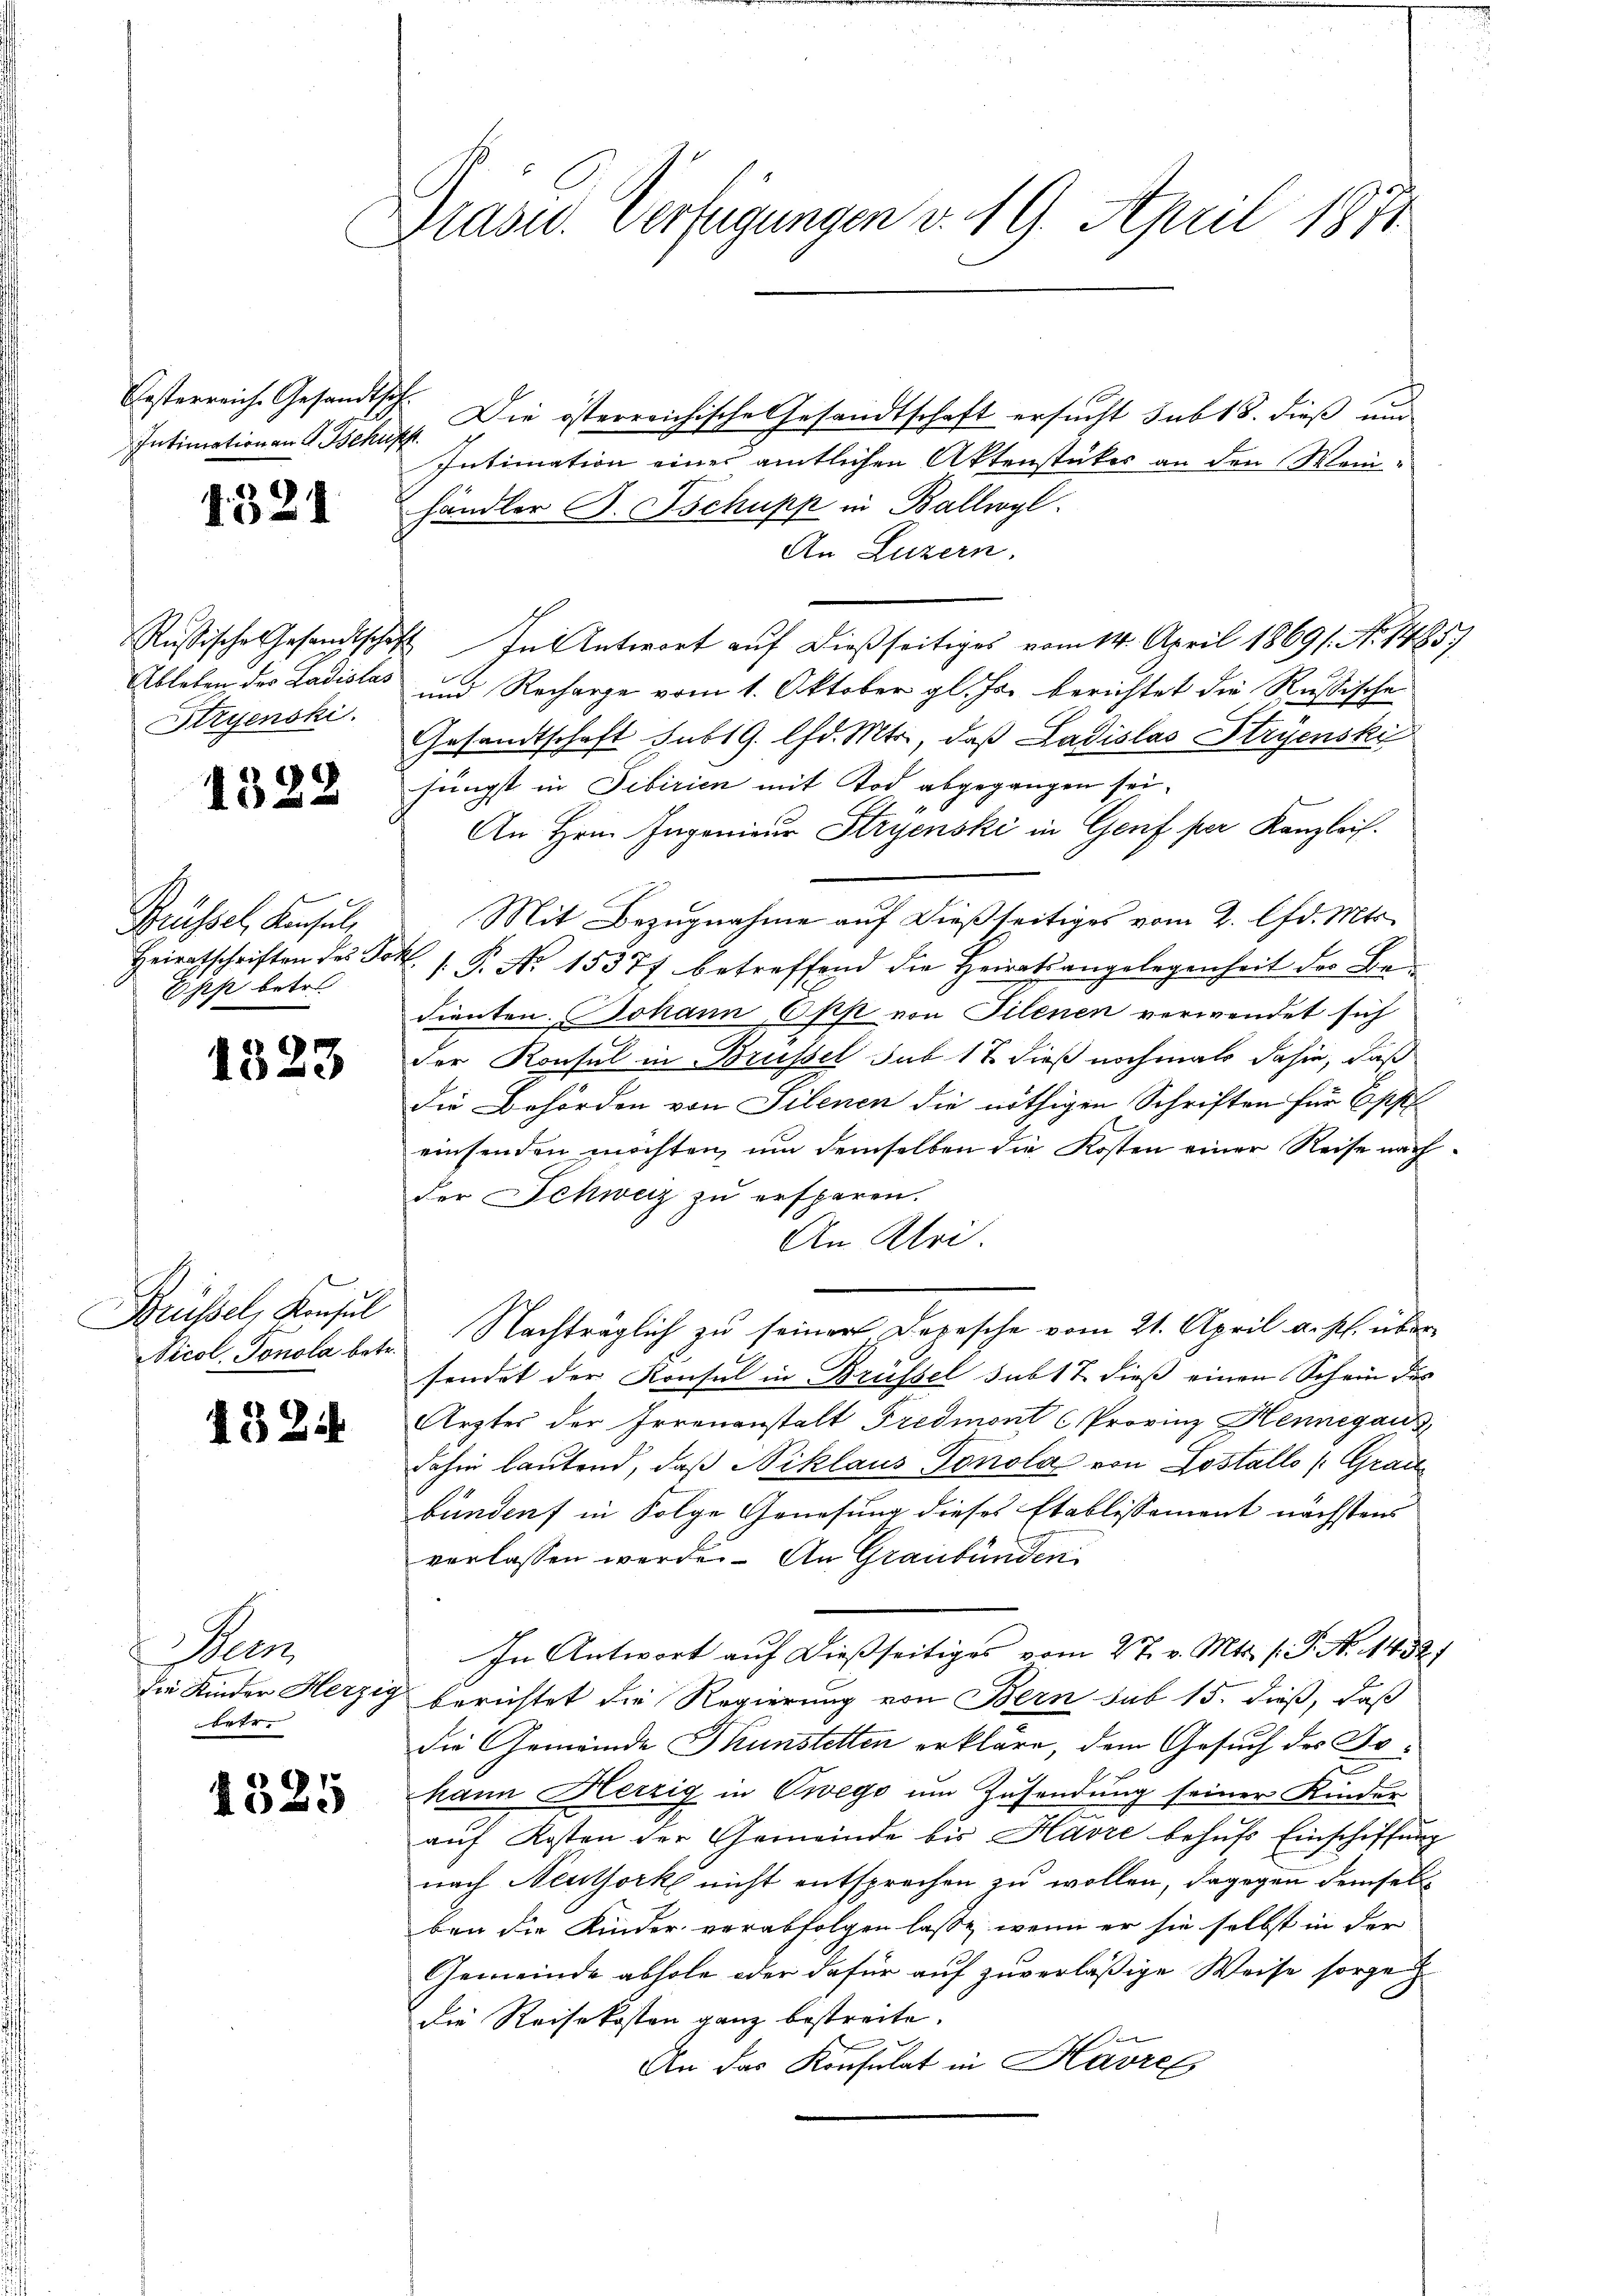
Oesterreiche Gesandtsch
Intimation an G. Behufs

1521

Rußische Gesandtschif
Ableben des Ladislas
Stryenski

1322

Brüssel, Konsul,
Heiratschriften des Go
Epp betr.

1323

Brüssel, Konsul
Vicol. Tonola betr.

48 Zi

en
Die Kinder Herzig
betr.

1325

Präsid. Verfügungen v. 19. April 1871

Die österreichische Gesandtschaft ersucht sub 18. dieß und
Intimation einer amtlichen Aktenstückes an den Weinhändler F. Tschupp in Ballwyl.
An Luzern.
2 In Antwort auf dießseitiges vom 14. April 1869/. No. 1485)
und Recharge vom 1. Oktober gl. Js. berichtet die Russische
Gesandtschaft subt 9. lfd. Mts., daß Ladislas Stryenski
jüngst in Fibirien mit Tod abgegangen sei.
An Hrn. Ingenieur Stryenski in Genf per Kanzleis
Mit Bezugnahme auf dießseitiges vom 2. lfd. Mts.
k. J. P. No 15377 betreffend die Heiratsangelegenheit der Bedienten. Johann Opp von Filenen verwendet sich
der Konsul in Brüssel sub 17 dieß nochmals dahin, daß
Die Behörden von Silenen die nöthigen Schriften für Eppl
einsenden möchten, um demselben die Kosten einer Reise nachder Schweiz zu ersparen.
An Klei
Nachträglich zu seiner Depesche vom 21. April a. p. übersendet der Konsul in Brüssel sub 17 dieß einen Schein des
Arztes der Irrenanstalt Predmont c Provinz Hennégau
dahin lautend, daß Niklaus Tonola von Lostallo /: Graubünden in Folge Genesung dieses Etablissement nächstens
verlassen werde. An Graubünden
In Antwort auf dießseitiges vom 27. v. Mts. 1. P. N. 1432)
berichtet die Regierung von Bern sub 15. dieß, daß
die Gemeinde Thunstetten erkläre, dem Gesuch des Tohann Herzig in Zwegs um Zusendung seiner Kinder
auf Kosten der Gemeinde bis Havre behufs Einschiffung
nach Neuthork nicht entsprechen zu wollen, dagegen demselb
ben die Kinder verabfolgen lasse, wenn er sie selbst in der
Gemeinde abhole oder dafür auf zuverläßige Weise sorge
die Reisekosten ganz bestreite.
An das Konsulat in Havrel